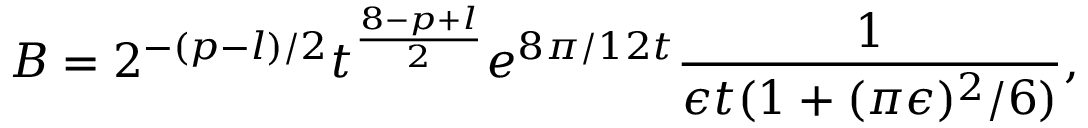
B = 2 ^ { - ( p - l ) / 2 } t ^ { \frac { 8 - p + l } { 2 } } e ^ { 8 \pi / 1 2 t } \frac { 1 } { \epsilon t ( 1 + ( \pi \epsilon ) ^ { 2 } / 6 ) } ,